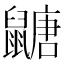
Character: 𪕹